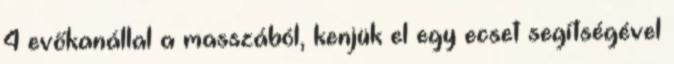
4 evőkanállal a masszából, kenjük el egy ecset segítségével